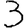
Digit: 3